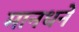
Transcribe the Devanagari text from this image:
मानधने